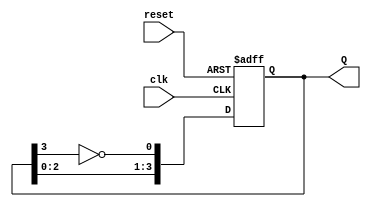
module johnson_counter (
    input wire clk,          // Clock input
    input wire reset,        // Asynchronous reset input
    output reg [3:0] Q       // 4-bit output representing the counter state
);

// Sequential logic for the Johnson counter
always @(posedge clk or posedge reset) begin
    if (reset) begin
        Q <= 4'b0000;       // Initialize counter to 0000 on reset
    end else begin
        Q[0] <= ~Q[3];      // D0 gets the inverted value of Q3
        Q[1] <= Q[0];       // D1 gets the value of D0
        Q[2] <= Q[1];       // D2 gets the value of D1
        Q[3] <= Q[2];       // D3 gets the value of D2
    end
end

endmodule